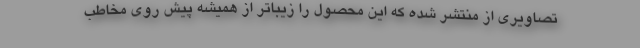
تصاویری از منتشر شده که این محصول را زیباتر از همیشه پیش روی مخاطب